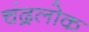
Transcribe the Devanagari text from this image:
चंद्रलोक